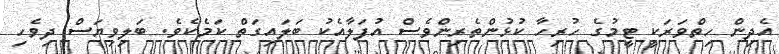
އެދިން ހިތްވަރަކީ ޓީމުގެ ހުރިހާ ކުޅުންތެރިންވެސް އުފަލާއެކު ބަލައިގަތް ކަމެކެވެ. ބަލިވިޔަސް ދިވެހި